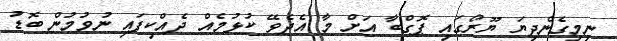
ނިމިގެންދިޔަ ޔޫރޯގައި ޕޮގްބާ އަށް މާ އެދެވޭ ކުޅުމެއް ދެެއްކިފައި ނުވުމުން ބޮޑު